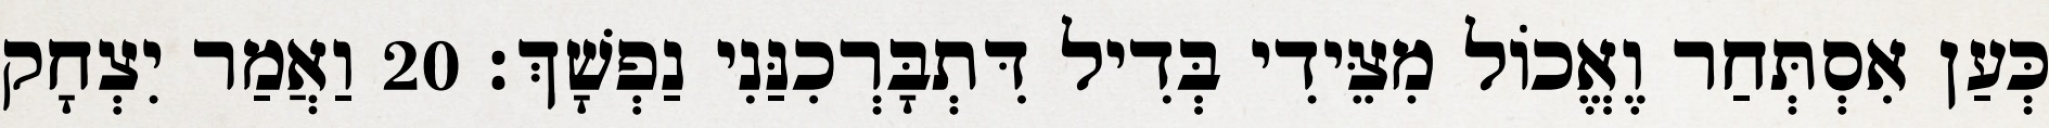
כְּעַן אִסְתְּחַר וֶאֱכוֹל מִצֵּידִי בְּדִיל דִּתְבָּרְכִנַּנִי נַפְשָׁךְ׃ 20 וַאֲמַר יִצְחָק